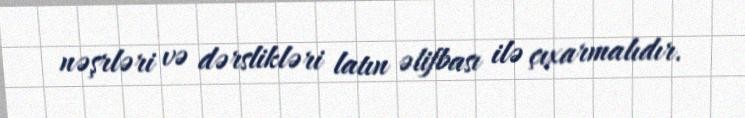
nəşrləri və dərslikləri latın əlifbası ilə çıxarmalıdır.